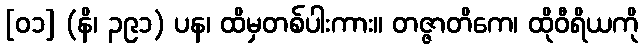
[၀၁] (နိ၊ ၃၉၁) ပန၊ ထိမှတစ်ပါးကား။ တဇ္ဇာတိကေ၊ ထိုဝီရိယကို